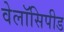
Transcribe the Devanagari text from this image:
वेलॉसिपीड